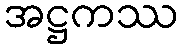
အဋ္ဌကဿ